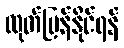
ထုတ်ပြန်နိုင်ရန်